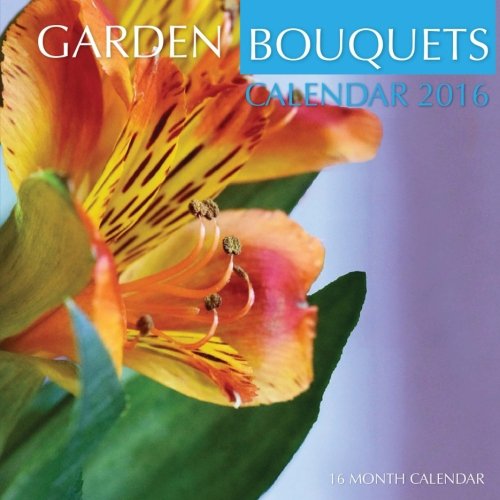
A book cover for Garden Bouquets Calendar 2016: 16 Month Calendar; Jack Smith; Calendars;